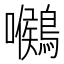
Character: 𪅺